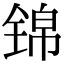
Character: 锦